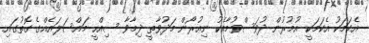
އެކަމަކު އެކަމަކީ އުމުރުން ދުވަސްވުމާއެކު ނިއުރޯން މަދުވާތީ ދިމާވާ ސިއްހީ މައްސަލައެއްގެ ގޮތުގައި